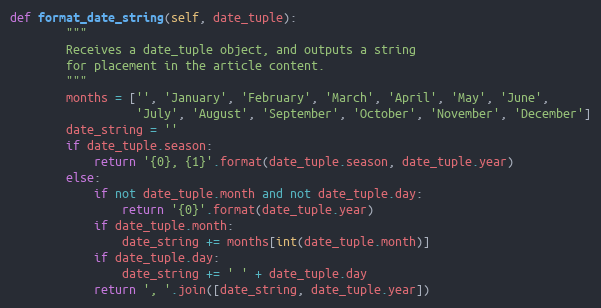
Language: Python
def format_date_string(self, date_tuple):
        """
        Receives a date_tuple object, and outputs a string
        for placement in the article content.
        """
        months = ['', 'January', 'February', 'March', 'April', 'May', 'June',
                  'July', 'August', 'September', 'October', 'November', 'December']
        date_string = ''
        if date_tuple.season:
            return '{0}, {1}'.format(date_tuple.season, date_tuple.year)
        else:
            if not date_tuple.month and not date_tuple.day:
                return '{0}'.format(date_tuple.year)
            if date_tuple.month:
                date_string += months[int(date_tuple.month)]
            if date_tuple.day:
                date_string += ' ' + date_tuple.day
            return ', '.join([date_string, date_tuple.year])